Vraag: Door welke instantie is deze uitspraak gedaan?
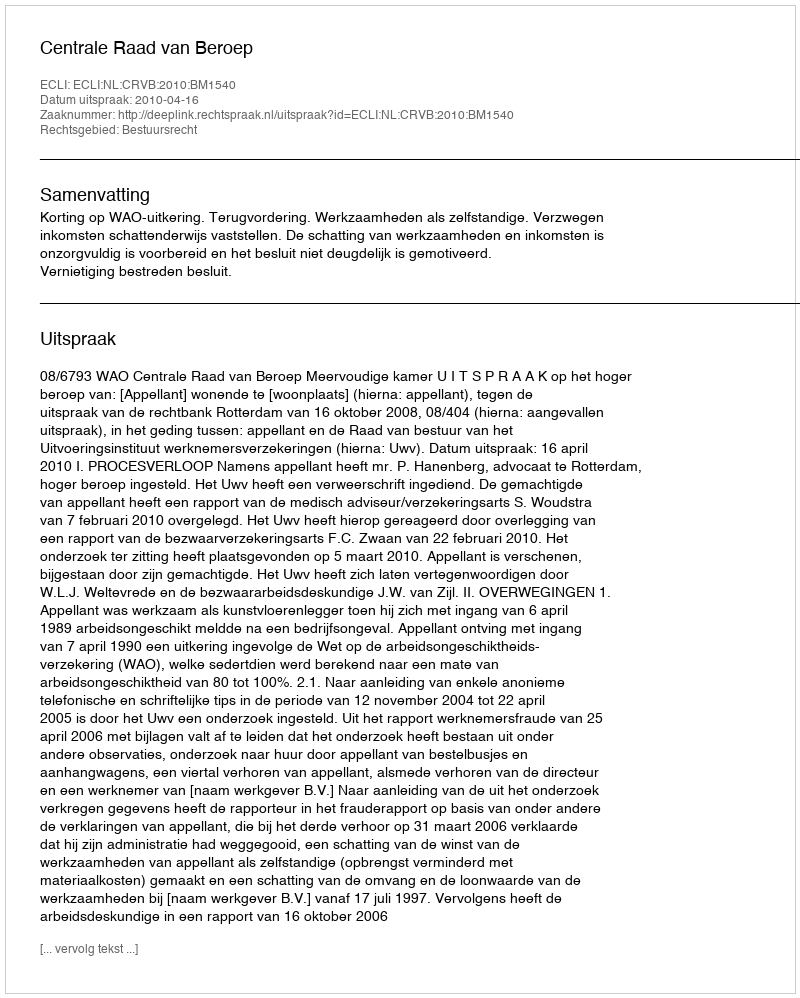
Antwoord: Centrale Raad van Beroep